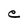
Character: e